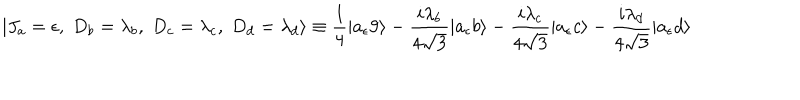
LaTeX: | J _ { a } = \epsilon , \; D _ { b } = \lambda _ { b } , \; D _ { c } = \lambda _ { c } , \; D _ { d } = \lambda _ { d } \rangle \equiv { \frac { 1 } { 4 } } | a _ { \epsilon } 9 \rangle - { \frac { i \lambda _ { b } } { 4 \sqrt { 3 } } } | a _ { \epsilon } b \rangle - { \frac { i \lambda _ { c } } { 4 \sqrt { 3 } } } | a _ { \epsilon } c \rangle - { \frac { i \lambda _ { d } } { 4 \sqrt { 3 } } } | a _ { \epsilon } d \rangle